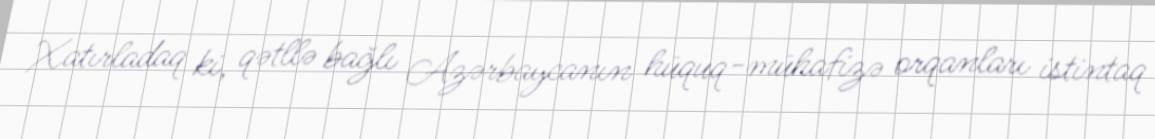
Xatırladaq ki, qətllə bağlı Azərbaycanın hüquq-mühafizə orqanları istintaq